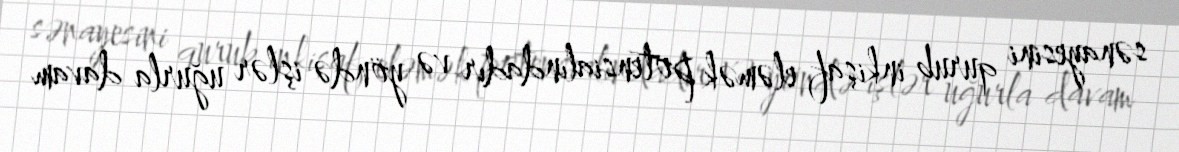
sənayesini qurub inkişaf eləmək potensialındadır və yöndə işlər uğurla davam